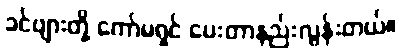
ခင်ဗျားတို့ ကော်မရှင် ပေးတာနည်းလွန်းတယ်။